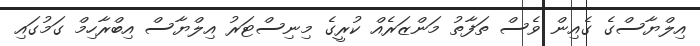
އިލްޔާސްގެ ގެއިން ވެސް ތަފާތު މަންޒަރެއް ކުރީގެ މިނިސްޓަރު އިލްޔާސް އިބްރާހިމް ގަމުގައި